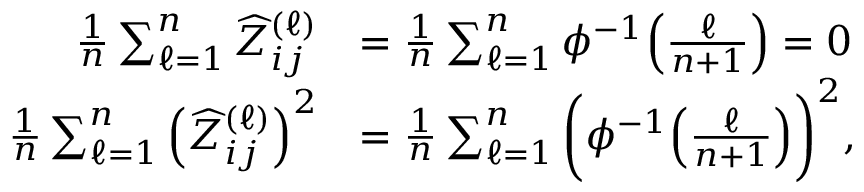
\begin{array} { r l } { \frac { 1 } { n } \sum _ { \ell = 1 } ^ { n } \widehat { Z } _ { i j } ^ { ( \ell ) } } & { = \frac { 1 } { n } \sum _ { \ell = 1 } ^ { n } \phi ^ { - 1 } \Big ( \frac { \ell } { n + 1 } \Big ) = 0 } \\ { \frac { 1 } { n } \sum _ { \ell = 1 } ^ { n } \Big ( \widehat { Z } _ { i j } ^ { ( \ell ) } \Big ) ^ { 2 } } & { = \frac { 1 } { n } \sum _ { \ell = 1 } ^ { n } \bigg ( \phi ^ { - 1 } \Big ( \frac { \ell } { n + 1 } \Big ) \bigg ) ^ { 2 } , } \end{array}